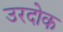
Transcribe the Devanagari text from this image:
उरदोक